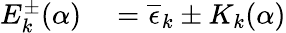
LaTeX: \begin{array}{rl}{E_{k}^{\pm}(\alpha)}&{{}=\overline{{\epsilon}}_{k}\pm K_{k}(\alpha)}\end{array}